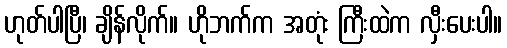
ဟုတ်ပါပြီ၊ ချိန်လိုက်။ ဟိုဘက်က အတုံး ကြီးထဲက လှီးပေးပါ။